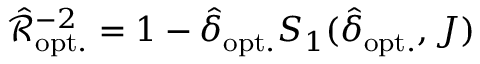
\hat { \mathcal { R } } _ { \mathrm { o p t . } } ^ { - 2 } = 1 - \hat { \delta } _ { \mathrm { o p t . } } S _ { 1 } ( \hat { \delta } _ { \mathrm { o p t . } } , J )